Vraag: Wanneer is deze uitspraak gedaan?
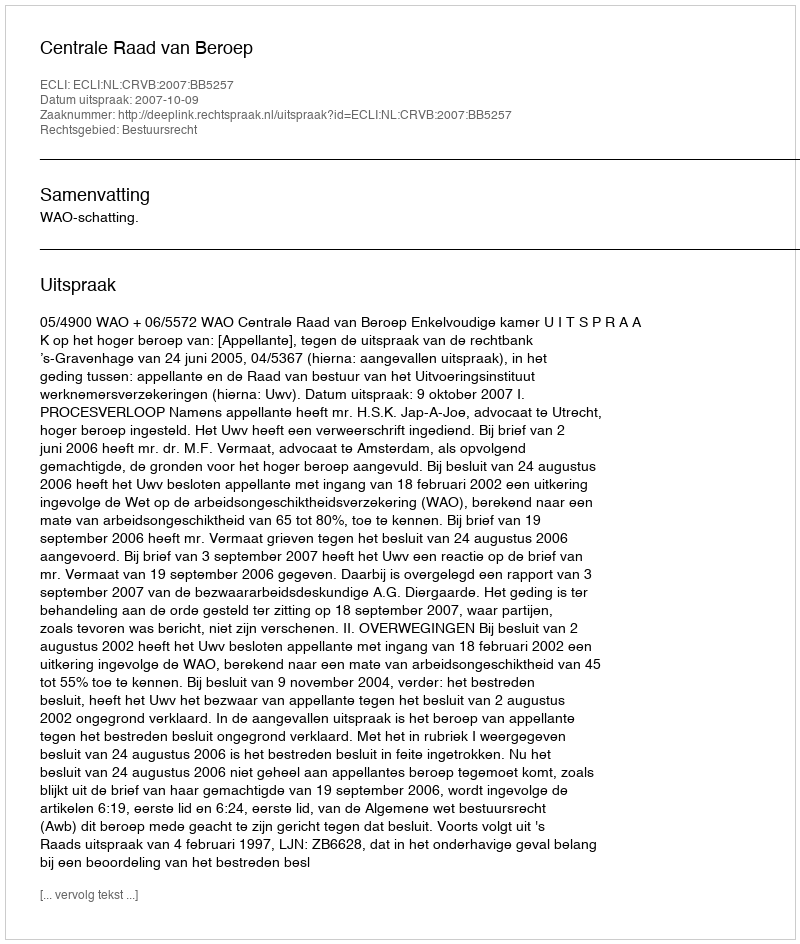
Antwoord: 2007-10-09